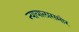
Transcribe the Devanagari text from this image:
न्यायालासमोर